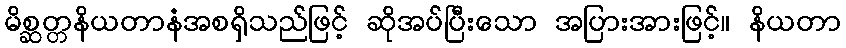
မိစ္ဆတ္တနိယတာနံအစရှိသည်ဖြင့် ဆိုအပ်ပြီးသော အပြားအားဖြင့်။ နိယတာ